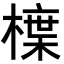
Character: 𭫳